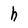
Character: h